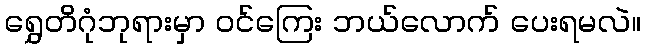
ရွှေတိဂုံဘုရားမှာ ဝင်ကြေး ဘယ်လောက် ပေးရမလဲ။